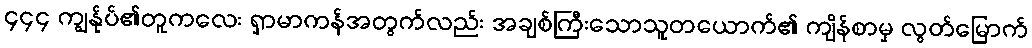
၄၄၄ ကျွန်ုပ်၏တူကလေး ရှာမာကန်အတွက်လည်း အချစ်ကြီးသောသူတယောက်၏ ကျိန်စာမှ လွတ်မြောက်